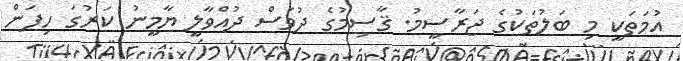
އުމަތަކީ މި ބަލުތަކުގެ ޖަރާސީމު. ޤާސިމުގެ ދުވަސް ދުއްވާލީ ޔާމީނު ކަރުގަ ހިފަން